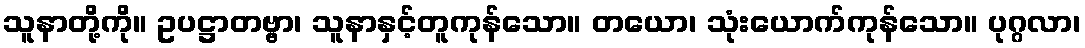
သူနာတို့ကို။ ဥပဋ္ဌာတဗ္ဗာ၊ သူနာနှင့်တူကုန်သော။ တယော၊ သုံးယောက်ကုန်သော။ ပုဂ္ဂလာ၊